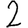
Digit: 2